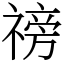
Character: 䄘